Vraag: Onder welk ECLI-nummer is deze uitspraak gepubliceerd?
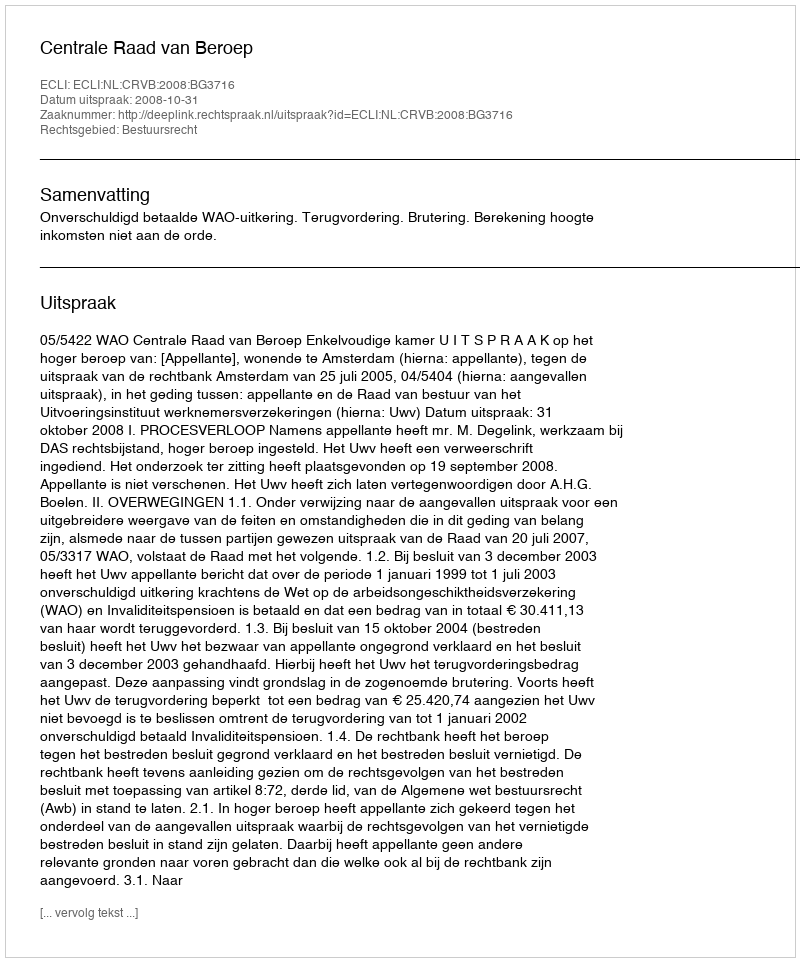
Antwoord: ECLI:NL:CRVB:2008:BG3716